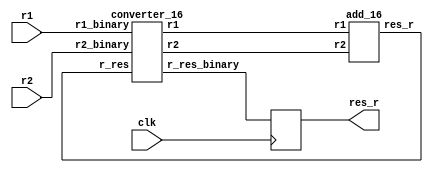
module add_test_3
(
	input wire clk,
	input wire[15:0] r1,
	input wire[15:0] r2,
	output reg[15:0] res_r
);
 
	wire[31:0] res;
	wire[31:0] r1_p, r2_p;
	wire[15:0] res_b;
	
	add_16 a1 (r1_p,r2_p, res);
	
	converter_16 c2 (res, r1,r2,r1_p,r2_p,res_b);


	// arithmetic_16 a32 (1'b1, 1'b0, r1_p, r2_p, r_res_p);
	
	always@(posedge clk)
		res_r <=res_b;
		
endmodule

module add_16 
(
	input wire[31:0] r1,
	input wire[31:0] r2,
	output wire[31:0] res_r
	);
	
	wire [3:0] a1_r1= r1[3:0];
	wire [3:0] a1_r2= r2[3:0];
	
	wire [7:0] a1_res;
	wire a1_c = a1_res[5];
	
arithmetics a1 (1'b1, 1'b0, 1'b0, a1_r1, a1_r2,a1_res);

	wire [3:0] a2_r1= r1[7:4];
	wire [3:0] a2_r2= r2[7:4];
	
	wire [7:0] a2_res;
	wire a2_c = a2_res[5];

arithmetics a2 (~a1_c, 1'b0, a1_c, a2_r1, a2_r2,a2_res);

	wire [3:0] a3_r1= r1[11:8];
	wire [3:0] a3_r2= r2[11:8];
	
	wire [7:0] a3_res;
	wire a3_c = a3_res[5];

arithmetics a3 (~a2_c, 1'b0, a2_c, a3_r1, a3_r2,a3_res);

	wire [3:0] a4_r1= r1[15:12];
	wire [3:0] a4_r2= r2[15:12];
	
	wire [7:0] a4_res;
	wire a4_c = a4_res[5];

arithmetics a4 (~a3_c, 1'b0, a3_c, a4_r1, a4_r2,a4_res);

	wire [3:0] a5_r1= r1[19:16];
	wire [3:0] a5_r2= r2[19:16];
	
	wire [7:0] a5_res;
	wire a5_c = a5_res[5];

arithmetics a5 (~a4_c, 1'b0, a4_c, a5_r1, a5_r2,a5_res);

	wire [3:0] a6_r1= r1[23:20];
	wire [3:0] a6_r2= r2[23:20];
	
	wire [7:0] a6_res;
	wire a6_c = a6_res[5];

arithmetics a6 (~a5_c, 1'b0, a5_c, a6_r1, a6_r2,a6_res);

	wire [3:0] a7_r1= r1[27:24];
	wire [3:0] a7_r2= r2[27:24];
	
	wire [7:0] a7_res;
	wire a7_c = a7_res[5];

arithmetics a7 (~a6_c, 1'b0, a6_c, a7_r1, a7_r2,a7_res);

	wire [3:0] a8_r1= r1[31:28];
	wire [3:0] a8_r2= r2[31:28];
	
	wire [7:0] a8_res;
	wire a8_c = a8_res[5];

arithmetics a8 (~a7_c, 1'b0, a7_c, a8_r1, a8_r2,a8_res);

assign res_r = {a8_res[3:0],a7_res[3:0],a6_res[3:0],a5_res[3:0],a4_res[3:0],a3_res[3:0],a2_res[3:0],a1_res[3:0]};

endmodule

module arithmetics
    (
        input wire add,

    input wire mul,

    input wire add_c,


        input wire[3:0] r1,
        input wire[3:0] r2,
        output wire[7:0] output_reg
    );
    wire input_0_0 = r1[0]&r2[0];

wire input_0_1 = r1[0]&r2[1];

wire input_0_2 = r1[0]&r2[2];

wire input_0_3 = r1[0]&r2[3];

wire input_1_0 = r1[1]&r2[0];

wire input_1_1 = r1[1]&r2[1];

wire input_1_2 = r1[1]&r2[2];

wire input_1_3 = r1[1]&r2[3];

wire input_2_0 = r1[2]&r2[0];

wire input_2_1 = r1[2]&r2[1];

wire input_2_2 = r1[2]&r2[2];

wire input_2_3 = r1[2]&r2[3];

wire input_3_0 = r1[3]&r2[0];

wire input_3_1 = r1[3]&r2[1];

wire input_3_2 = r1[3]&r2[2];

wire input_3_3 = r1[3]&r2[3];

wire command_add_0 =  0;

wire command_add_1 =  0;

wire command_add_2 = add&(input_1_3|input_2_2|input_2_3|input_3_1|input_3_2|input_3_3);

wire command_add_3 = add&(input_0_0|input_0_1|input_0_2|input_0_3|input_1_0|input_1_1|input_1_2|input_2_0|input_2_1|input_3_0);

wire command_add_4 = add&(input_0_3|input_1_2|input_2_1|input_3_0);

wire command_add_5 = add&(input_0_2|input_1_1|input_2_0|input_3_3);

wire command_add_6 = add&(input_0_1|input_1_0|input_2_3|input_3_2);

wire command_add_7 = add&(input_0_0|input_1_3|input_2_2|input_3_1);

wire command_mul_0 =  0;

wire command_mul_1 = mul&(input_3_3);

wire command_mul_2 = mul&(input_2_2|input_2_3|input_3_2);

wire command_mul_3 = mul&(input_0_0|input_0_1|input_0_2|input_0_3|input_1_0|input_1_1|input_1_2|input_1_3|input_2_0|input_2_1|input_3_0|input_3_1);

wire command_mul_4 = mul&(input_1_3|input_3_1);

wire command_mul_5 = mul&(input_1_2|input_2_1|input_2_3|input_3_2);

wire command_mul_6 = mul&(input_1_1|input_3_3);

wire command_mul_7 = mul&(input_0_0|input_0_1|input_0_2|input_0_3|input_1_0|input_2_0|input_2_2|input_3_0);

wire command_add_c_0 =  0;

wire command_add_c_1 =  0;

wire command_add_c_2 = add_c&(input_0_3|input_1_2|input_1_3|input_2_1|input_2_2|input_2_3|input_3_0|input_3_1|input_3_2|input_3_3);

wire command_add_c_3 = add_c&(input_0_0|input_0_1|input_0_2|input_1_0|input_1_1|input_2_0);

wire command_add_c_4 = add_c&(input_0_2|input_1_1|input_2_0|input_3_3);

wire command_add_c_5 = add_c&(input_0_1|input_1_0|input_2_3|input_3_2);

wire command_add_c_6 = add_c&(input_0_0|input_1_3|input_2_2|input_3_1);

wire command_add_c_7 = add_c&(input_0_3|input_1_2|input_2_1|input_3_0);

assign output_reg = {command_add_0|command_mul_0|command_add_c_0,

command_add_1|command_mul_1|command_add_c_1,

command_add_2|command_mul_2|command_add_c_2,

command_add_3|command_mul_3|command_add_c_3,

command_add_4|command_mul_4|command_add_c_4,

command_add_5|command_mul_5|command_add_c_5,

command_add_6|command_mul_6|command_add_c_6,

command_add_7|command_mul_7|command_add_c_7};

endmodule


module converter_16
(
	
	input wire[31:0] r_res,
	input wire[15:0] r1_binary,
	input wire[15:0] r2_binary,
	output wire[31:0] r1,
	output wire[31:0] r2,
	output wire[15:0] r_res_binary
);

	assign r1[0] = (r1_binary[1:0]==2'b00) ?1'b1:1'b0;
	assign r1[1] = (r1_binary[1:0]==2'b01) ?1'b1:1'b0;
	assign r1[2] = (r1_binary[1:0]==2'b10) ?1'b1:1'b0;
	assign r1[3] = (r1_binary[1:0]==2'b11) ?1'b1:1'b0;
	assign r1[4] = (r1_binary[3:2]==2'b00) ?1'b1:1'b0;
	assign r1[5] = (r1_binary[3:2]==2'b01) ?1'b1:1'b0;
	assign r1[6] = (r1_binary[3:2]==2'b10) ?1'b1:1'b0;
	assign r1[7] = (r1_binary[3:2]==2'b11) ?1'b1:1'b0;
	assign r1[8] = (r1_binary[5:4]==2'b00) ?1'b1:1'b0;
	assign r1[9] = (r1_binary[5:4]==2'b01) ?1'b1:1'b0;
	assign r1[10] = (r1_binary[5:4]==2'b10) ?1'b1:1'b0;
	assign r1[11] = (r1_binary[5:4]==2'b11) ?1'b1:1'b0;
	assign r1[12] = (r1_binary[7:6]==2'b00) ?1'b1:1'b0;
	assign r1[13] = (r1_binary[7:6]==2'b01) ?1'b1:1'b0;
	assign r1[14] = (r1_binary[7:6]==2'b10) ?1'b1:1'b0;
	assign r1[15] = (r1_binary[7:6]==2'b11) ?1'b1:1'b0;
	assign r1[16] = (r1_binary[9:8]==2'b00) ?1'b1:1'b0;
	assign r1[17] = (r1_binary[9:8]==2'b01) ?1'b1:1'b0;
	assign r1[18] = (r1_binary[9:8]==2'b10) ?1'b1:1'b0;
	assign r1[19] = (r1_binary[9:8]==2'b11) ?1'b1:1'b0;
	assign r1[20] = (r1_binary[11:10]==2'b00) ?1'b1:1'b0;
	assign r1[21] = (r1_binary[11:10]==2'b01) ?1'b1:1'b0;
	assign r1[22] = (r1_binary[11:10]==2'b10) ?1'b1:1'b0;
	assign r1[23] = (r1_binary[11:10]==2'b11) ?1'b1:1'b0;
	assign r1[24] = (r1_binary[13:12]==2'b00) ?1'b1:1'b0;
	assign r1[25] = (r1_binary[13:12]==2'b01) ?1'b1:1'b0;
	assign r1[26] = (r1_binary[13:12]==2'b10) ?1'b1:1'b0;
	assign r1[27] = (r1_binary[13:12]==2'b11) ?1'b1:1'b0;
	assign r1[28] = (r1_binary[15:14]==2'b00) ?1'b1:1'b0;
	assign r1[29] = (r1_binary[15:14]==2'b01) ?1'b1:1'b0;
	assign r1[30] = (r1_binary[15:14]==2'b10) ?1'b1:1'b0;
	assign r1[31] = (r1_binary[15:14]==2'b11) ?1'b1:1'b0;
	assign r2[0] = (r2_binary[1:0]==2'b00) ?1'b1:1'b0;
	assign r2[1] = (r2_binary[1:0]==2'b01) ?1'b1:1'b0;
	assign r2[2] = (r2_binary[1:0]==2'b10) ?1'b1:1'b0;
	assign r2[3] = (r2_binary[1:0]==2'b11) ?1'b1:1'b0;
	assign r2[4] = (r2_binary[3:2]==2'b00) ?1'b1:1'b0;
	assign r2[5] = (r2_binary[3:2]==2'b01) ?1'b1:1'b0;
	assign r2[6] = (r2_binary[3:2]==2'b10) ?1'b1:1'b0;
	assign r2[7] = (r2_binary[3:2]==2'b11) ?1'b1:1'b0;
	assign r2[8] = (r2_binary[5:4]==2'b00) ?1'b1:1'b0;
	assign r2[9] = (r2_binary[5:4]==2'b01) ?1'b1:1'b0;
	assign r2[10] = (r2_binary[5:4]==2'b10) ?1'b1:1'b0;
	assign r2[11] = (r2_binary[5:4]==2'b11) ?1'b1:1'b0;
	assign r2[12] = (r2_binary[7:6]==2'b00) ?1'b1:1'b0;
	assign r2[13] = (r2_binary[7:6]==2'b01) ?1'b1:1'b0;
	assign r2[14] = (r2_binary[7:6]==2'b10) ?1'b1:1'b0;
	assign r2[15] = (r2_binary[7:6]==2'b11) ?1'b1:1'b0;
	assign r2[16] = (r2_binary[9:8]==2'b00) ?1'b1:1'b0;
	assign r2[17] = (r2_binary[9:8]==2'b01) ?1'b1:1'b0;
	assign r2[18] = (r2_binary[9:8]==2'b10) ?1'b1:1'b0;
	assign r2[19] = (r2_binary[9:8]==2'b11) ?1'b1:1'b0;
	assign r2[20] = (r2_binary[11:10]==2'b00) ?1'b1:1'b0;
	assign r2[21] = (r2_binary[11:10]==2'b01) ?1'b1:1'b0;
	assign r2[22] = (r2_binary[11:10]==2'b10) ?1'b1:1'b0;
	assign r2[23] = (r2_binary[11:10]==2'b11) ?1'b1:1'b0;
	assign r2[24] = (r2_binary[13:12]==2'b00) ?1'b1:1'b0;
	assign r2[25] = (r2_binary[13:12]==2'b01) ?1'b1:1'b0;
	assign r2[26] = (r2_binary[13:12]==2'b10) ?1'b1:1'b0;
	assign r2[27] = (r2_binary[13:12]==2'b11) ?1'b1:1'b0;
	assign r2[28] = (r2_binary[15:14]==2'b00) ?1'b1:1'b0;
	assign r2[29] = (r2_binary[15:14]==2'b01) ?1'b1:1'b0;
	assign r2[30] = (r2_binary[15:14]==2'b10) ?1'b1:1'b0;
	assign r2[31] = (r2_binary[15:14]==2'b11) ?1'b1:1'b0;

	assign r_res_binary = {

{r_res[30]|r_res[31],

r_res[29]|r_res[31]},



{r_res[26]|r_res[27],

r_res[25]|r_res[27]},



{r_res[22]|r_res[23],

r_res[21]|r_res[23]},



{r_res[18]|r_res[19],

r_res[17]|r_res[19]},



{r_res[14]|r_res[15],

r_res[13]|r_res[15]},



{r_res[10]|r_res[11],

r_res[9]|r_res[11]},



{r_res[6]|r_res[7],

r_res[5]|r_res[7]},



{r_res[2]|r_res[3],

r_res[1]|r_res[3]}};

endmodule